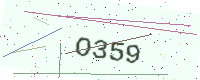
Text: O359